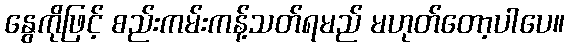
နွေကိုဖြင့် စည်းကမ်းကန့်သတ်ရမည် မဟုတ်တော့ပါပေ။